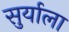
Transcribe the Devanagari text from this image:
सुर्याला